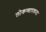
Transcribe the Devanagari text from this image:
लोकव्यापकता